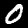
Label: 0